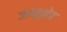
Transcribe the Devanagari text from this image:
जम्मूक्षेत्र